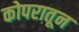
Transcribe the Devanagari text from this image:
कोपरातून